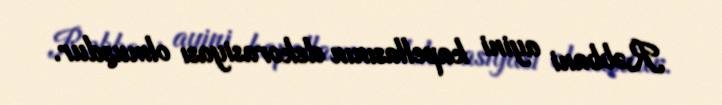
Rəbbani ayini kapellasının dekorasiyası olmuşdur.